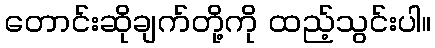
တောင်းဆိုချက်တို့ကို ထည့်သွင်းပါ။